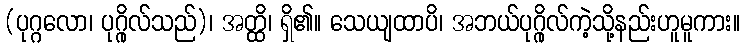
(ပုဂ္ဂလော၊ ပုဂ္ဂိုလ်သည်)၊ အတ္ထိ၊ ရှိ၏။ သေယျထာပိ၊ အဘယ်ပုဂ္ဂိုလ်ကဲ့သို့နည်းဟူမူကား။